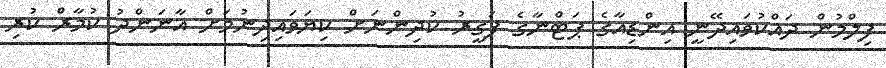
ފިލްމުން ދައްކުވައިދޭނީ އިންޑިއާގެ ޕަޓްނާގެ ފަގީރު ކުދިންނަށް ކިޔަވައިދިނުމަށް އާނަންދު ކުމާރް ކުރި